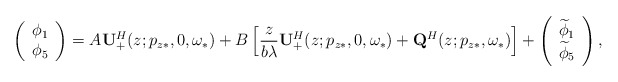
\begin{align*}\left(\begin{array}{c} \phi_1\\ \phi_5 \end{array}\right) = A \mathbf{U}^H_+(z; p_{z*},0,\omega_*) +B \left[ \frac{z}{b\lambda}\mathbf{U}^H_+(z; p_{z*},0,\omega_*) + \mathbf{Q}^H(z; p_{z*}, \omega_*)\right] +\left(\begin{array}{c} \widetilde{\phi}_1\\ \widetilde{\phi}_5 \end{array}\right),\end{align*}